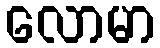
လောမာ